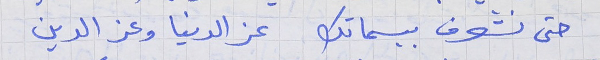
حتى نشوف ببسماتك      عز الدنيا وعز الدين